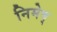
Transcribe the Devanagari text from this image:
निमेष्